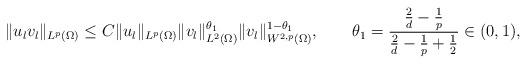
LaTeX: \begin{align*}\|u_{l}v_{l}\|_{L^{p}(\Omega)}\le C \|u_{l} \|_{L^{p}(\Omega)} \|v_{l}\|_{L^{2}(\Omega)}^{\theta_{1}}\|v_{l}\|_{W^{2,p}(\Omega)}^{1-\theta_{1}},\qquad\theta_{1}=\frac{\frac{2}{d}-\frac{1}{p}}{\frac{2}{d}-\frac{1}{p}+\frac{1}{2}}\in(0,1),\end{align*}